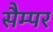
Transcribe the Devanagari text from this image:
सैम्पर